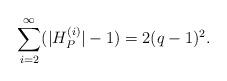
LaTeX: \begin{align*} \sum_{i=2}^\infty (|H_P^{(i)}|-1) = 2(q-1)^2.\end{align*}